Report of the Indian Hemp Drugs Commission, 1894-1895 - Volume VI
Year: 1894
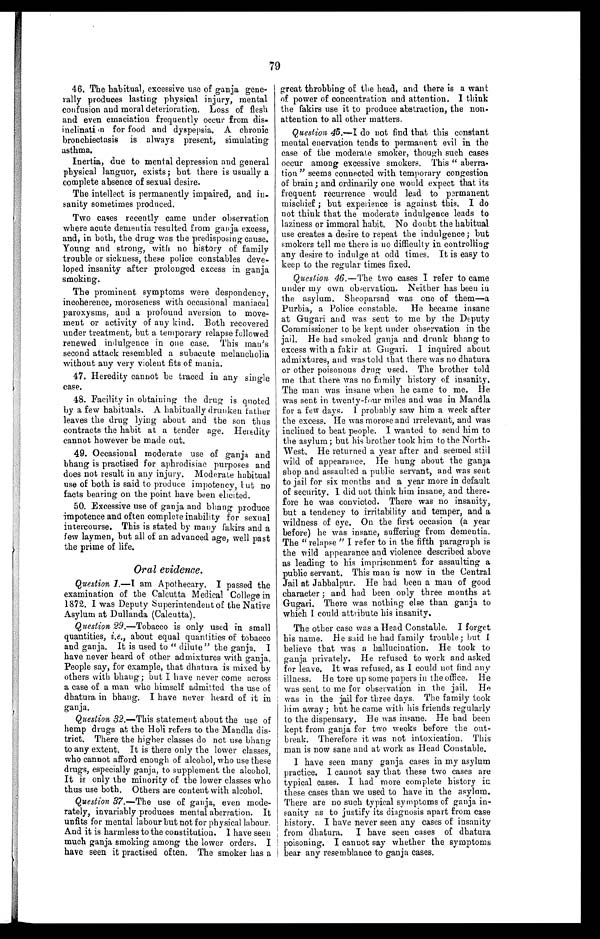
79
46. The habitual, excessive use of ganja gene-
rally produces lasting physical injury, mental
confusion and moral deterioration. Loss of flesh
and even emaciation frequently occur from dis-
inclination for food and dyspepsia. A chronic
bronchiectasis is always present, simulating
asthma.
Inertia, due to mental depression and general
physical languor, exists; but there is usually a
complete absence of sexual desire.
The intellect is permanently impaired, and in-
sanity sometimes produced.
Two cases recently came under observation
where acute dementia resulted from ganja excess,
and, in both, the drug was the predisposing cause.
Young and strong, with no history of family
trouble or sickness, these police constables deve-
loped insanity after prolonged excess in ganja
smoking.
The prominent symptoms were despondency,
incoherence, moroseness with occasional maniacal
paroxysms, and a profound aversion to move-
ment or activity of any kind. Both recovered
under treatment, but a temporary relapse followed
renewed indulgence in one case. This man's
second attack resembled a subacute melancholia
without any very violent fits of mania.
47. Heredity cannot be traced in any single
case.
48. Facility in obtaining the drug is quoted
by a few habituals. A habitually drunken father
leaves the drug lying about and the son thus
contracts the habit at a tender age. Heredity
cannot however be made out.
49. Occasional moderate use of ganja and
bhang is practised for aphrodisiac purposes and
does not result in any injury. Moderate habitual
use of both is said to produce impotency, but no
facts bearing on the point have been elicited.
50. Excessive use of ganja and bhan g produce
impotence and often complete inability for sexual
intercourse. This is stated by many fakirs and a
few laymen, but all of an advanced age, well past
the prime of life.
Oral evidence.
Question 1.—I am Apothecary. I passed the
examination of the Calcutta Medical College in
1872. I was Deputy Superintendent of the Native
Asylum at Dullanda (Calcutta).
Question 29 .
—
Tobacco is only used in small
quantities, i.e., about equal quantities of tobacco
and ganja. It is used to " dilute" the ganja. I
have never heard of other admixtures with ganja.
People say, for example, that dhatura is mixed by
others with bhang ; but I have never come across
a case of a man who himself admitted the use of
dhatura in bhang. I have never heard of it in
ganja.
Question 32. —This statement about the use of
hemp drugs at the Holi refers to the Mandla dis-
trict. There the higher classes do not use bhang
to any extent. It is there only the lower classes,
who cannot afford enough of alcohol, who use these
drugs, especially ganja, to supplement the alcohol.
It is only the minority of the lower classes who
thus use both. Others are content with alcohol.
Question 37. —The use of ganja, even mode-
rately, invariably produces mental aberration. It
unfits for mental labour but not for physical labour.
And it is harmless to the constitution. I have seen
much ganja smoking among the lower orders. I
have seen it practised often. The smoker has a
great throbbing of the head, and there is a want
of power of concentration and attention. I think
the fakirs use it to produce abstraction, the non-
attention to all other matters.
Question 45.
—I
do not find that this constant
mental enervation tends to permanent evil in the
case of the moderate smoker, though such cases
occur among excessive smokers. This " aberra-
tion " seems connected with temporary congestion
of brain; and ordinarily one would expect that its
frequent recurrence would lead to permanent
mischief ; but experience is against this. I do
not think that the moderate indulgence leads to
laziness or immoral habit. No doubt the habitual
use creates a desire to repeat the indulgence; but
smokers tell me there is no difficulty in controlling
any desire to indulge at odd times. It is easy to
keep to the regular times fixed.
Question 46. —The two cases I refer to came
under my own observation. Neither has been in
the asylum. Sheoparsad was one of them—a
Purbia, a Police constable. He became insane
at Gugari and was sent to me by the Deputy
Commissioner to be kept under observation in the
jail. He had smoked ganja and drunk bhang to
excess with a fakir at Gugari. I inquired about
admixtures, and was told that there was no dhatura
or other poisonous drug used. The brother told
me that there was no family history of insanity.
The man was insane when he came to me. He
was sent in twenty-four miles and was in Mandla
for a few days. I probably saw him a week after
the excess. He was morose and irrelevant, and was
inclined to beat people. I wanted to send him to
the asylum; but his brother took him to the North-
West. He returned a year after and seemed still
wild of appearance. He hung about the ganja
shop and assaulted a public servant, and was sent
to jail for six months and a year more in default
of security. I did not think him insane, and there-
fore he was convicted. There was no insanity,
but a tendency to irritability and temper, and a
wildness of eye . On the first occasion (a year
before) he was insane, suffering from dementia.
The " relapse " I refer to in the fifth paragraph is
the wild appearance and violence described above
as leading to his imprisonment for assaulting a
public servant. This man is now in the Central
Jail at Jabbalpur. He had been a man of good
character ; and had been only three months at
Gugari. There was nothing else than ganja to
which I could attribute his insanity.
The other case was a Head Constable. I forget
his name. He said he had family trouble; but I
believe that was a hallucination. He took to
ganja privately. He refused to work and asked
for leave. It was refused, as I could not find any
illness. He tore up some papers in the office. He
was sent to me for observation in the jail. He
was in the jail for three days. The family took
him away ; but he came with his friends regularly
to the dispensary. He was insane. He had been
kept from ganja for two weeks before the out-
break. Therefore it was not intoxication. This
man is now sane and at work as Head Constable.
I have seen many ganja cases in my asylum
practice. I cannot say that these two cases are
typical cases. I had more complete history in
these cases than we used to have in the asylum.
There are no such typical symptoms of ganja in-
sanity as to justify its diagnosis apart from case
history. I have never seen any cases of insanity
from dhatura. I have seen cases of dhatura
poisoning. I cannot say whether the symptoms
bear any resemblance to ganja cases.